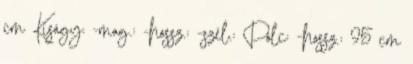
cm Kiságy: -mag.: -hossz.: -szél.: Polc: -hossz.: 95 cm